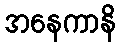
အနေကာနိ